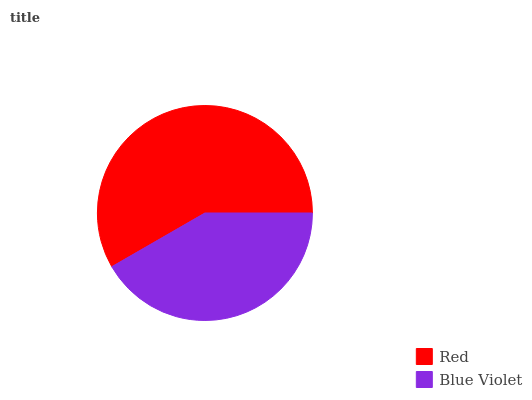
| Red | Blue Violet |
 | --- | --- |
 | 58.3% | 41.7% |